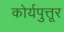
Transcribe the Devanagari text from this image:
कोर्यपुत्तूर